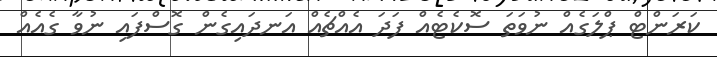
ކަރަންޓް ޕްލަގެއް ނުވަތަ ސޮކެޓެއް ފަދަ އެއްޗެއް އަނދައިގެން ގޮސްފައި ނުވާ ގެއެއް